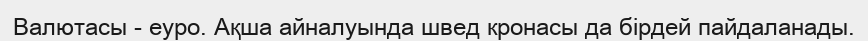
Валютасы - еуро. Ақша айналуында швед кронасы да бірдей пайдаланады.